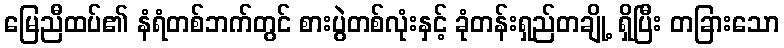
မြေညီထပ်၏ နံရံတစ်ဘက်တွင် စားပွဲတစ်လုံးနှင့် ခုံတန်းရှည်တချို့ ရှိပြီး တခြားသော